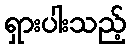
ရှားပါးသည့်